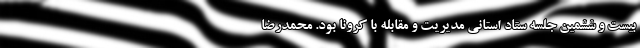
بیست و ششمین جلسه ستاد استانی مدیریت و مقابله با کرونا بود. محمدرضا